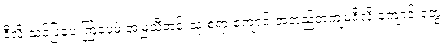
ဒီလို သင်ပြပေးကြပေမဲ့ အမြဲသီတင်းသုံးစရာ ကျောင်းအတည်တကျမရှိလို့ ကျောင်းတွေ